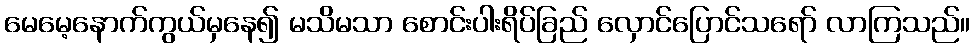
မေမေ့နောက်ကွယ်မှနေ၍ မသိမသာ စောင်းပါးရိပ်ခြည် လှောင်ပြောင်သရော် လာကြသည်။